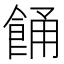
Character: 𩛤